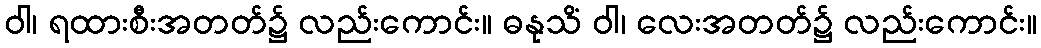
ဝါ၊ ရထားစီးအတတ်၌ လည်းကောင်း။ ဓနုသိံ ဝါ၊ လေးအတတ်၌ လည်းကောင်း။